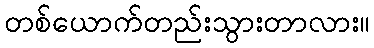
တစ်ယောက်တည်းသွားတာလား။